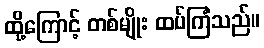
ထို့ကြောင့် တစ်မျိုး ထပ်ကြံသည်။